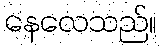
နေလေသည်။